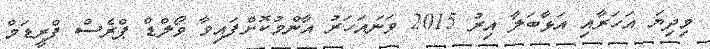
މިދިޔަ އަހަރާއި އަޅާބަލާ އިރު 2015 ވަނައަހަރު އާންމުކޮށްފައިވާ ވޯލްޑް ޕްރެސް ފްރީޑަމް